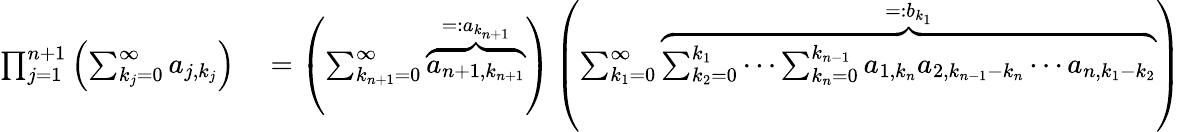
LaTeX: \begin{array}{rl}{\prod_{j=1}^{n+1}\left(\sum_{k_{j}=0}^{\infty}a_{j,k_{j}}\right)}&{{}=\left(\sum_{k_{n+1}=0}^{\infty}\overbrace{a_{n+1,k_{n+1}}}^{=:a_{k_{n+1}}}\right)\left(\sum_{k_{1}=0}^{\infty}\overbrace{\sum_{k_{2}=0}^{k_{1}}\cdots\sum_{k_{n}=0}^{k_{n-1}}a_{1,k_{n}}a_{2,k_{n-1}-k_{n}}\cdots a_{n,k_{1}-k_{2}}}^{=:b_{k_{1}}}\right)}\end{array}